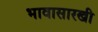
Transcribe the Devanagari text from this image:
भावासारखी